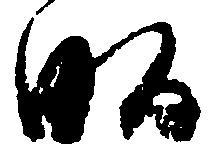
畝